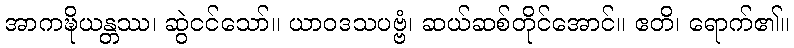
အာကဍ္ဎိယန္တဿ၊ ဆွဲငင်သော်။ ယာဝဒသပဗ္ဗံ၊ ဆယ်ဆစ်တိုင်အောင်။ ဧတိ၊ ရောက်၏။